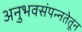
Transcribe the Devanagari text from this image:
अनुभवसंपन्नतेतून